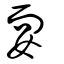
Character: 耍